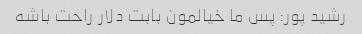
رشید پور: پس ما خیالمون بابت دلار راحت باشه